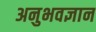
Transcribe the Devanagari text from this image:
अनुभवज्ञान